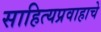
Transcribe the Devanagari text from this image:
साहित्यप्रवाहाचे